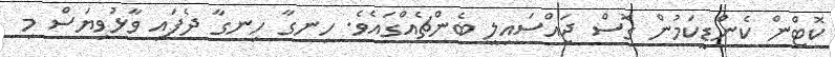
ކޮޓްން ކެންޑީކަމުން ގޮސް ޖައްސައިލީ ބެންޗެއްގައެވެ. ހިނގާ ހިނގާ ދެފައި ވާޅުވިޔަސް މި